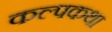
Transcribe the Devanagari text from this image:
कल्पकथा